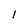
Character: l